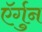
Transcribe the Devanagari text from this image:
ऍर्गुन